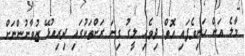
މާލެ އަށް ހަނިވެފައި އޮޮތް ދިވެހި ލީގު ގިނަ ރަށްތަކުގައިި ދިރިއުޅޭ ޒުވާނުންނަށް